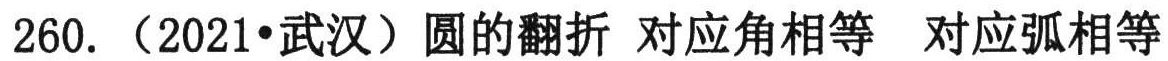
260.（2021•武汉）圆的翻折 对应角相等 对应弧相等